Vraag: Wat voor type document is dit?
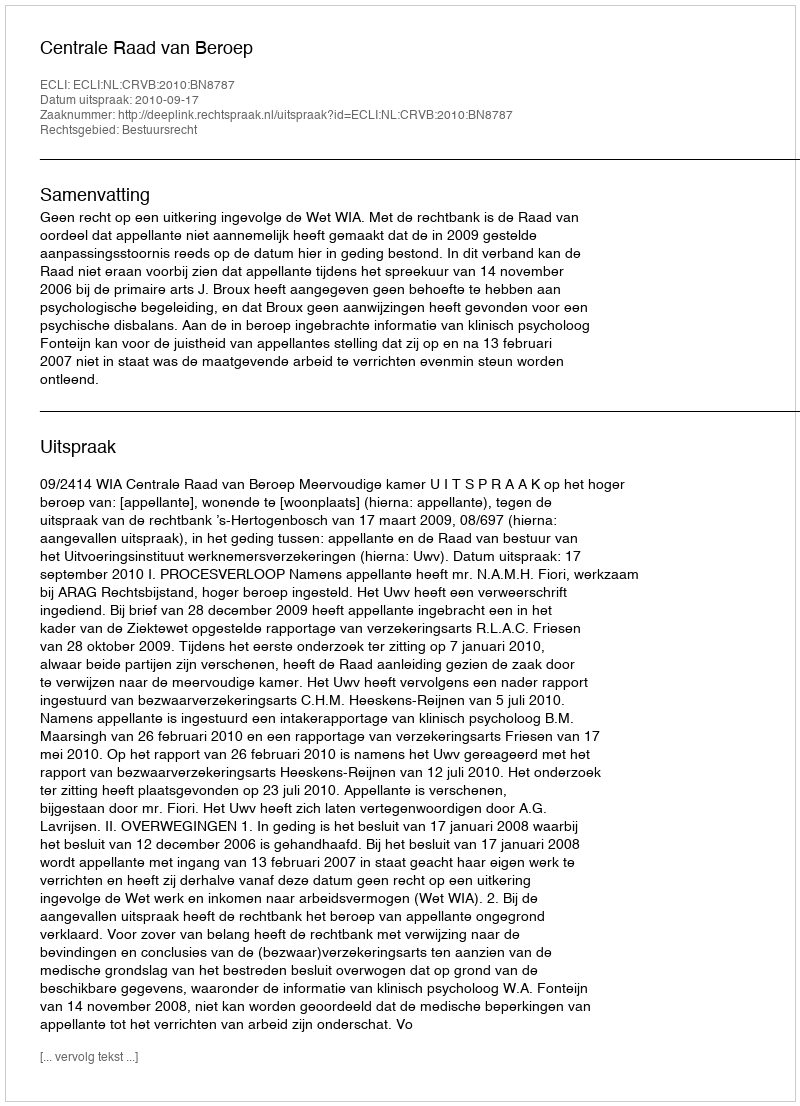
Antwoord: Uitspraak